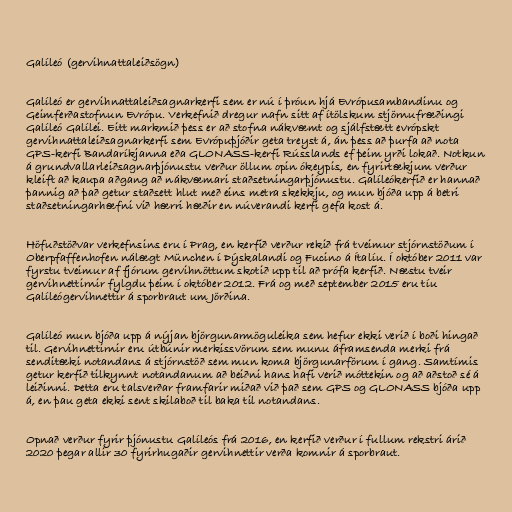
Galíleó (gervihnattaleiðsögn)

Galíleó er gervihnattaleiðsagnarkerfi sem er nú í þróun hjá Evrópusambandinu og
Geimferðastofnun Evrópu. Verkefnið dregur nafn sitt af ítölskum stjörnufræðingi
Galíleó Galílei. Eitt markmið þess er að stofna nákvæmt og sjálfstætt evrópskt
gervihnattaleiðsagnarkerfi sem Evrópuþjóðir geta treyst á, án þess að þurfa að nota
GPS-kerfi Bandaríkjanna eða GLONASS-kerfi Rússlands ef þeim yrði lokað. Notkun
á grundvallarleiðsagnarþjónustu verður öllum opin ókeypis, en fyrirtækjum verður
kleift að kaupa aðgang að nákvæmari staðsetningarþjónustu. Galíleókerfið er hannað
þannig að það getur staðsett hlut með eins metra skekkju, og mun bjóða upp á betri
staðsetningarhæfni við hærri hæðir en núverandi kerfi gefa kost á.

Höfuðstöðvar verkefnsins eru í Prag, en kerfið verður rekið frá tveimur stjórnstöðum í
Oberpfaffenhofen nálægt München í Þýskalandi og Fucino á Ítalíu. Í október 2011 var
fyrstu tveimur af fjórum gervihnöttum skotið upp til að prófa kerfið. Næstu tveir
gervihnettirnir fylgdu þeim í október 2012. Frá og með september 2015 eru tíu
Galíleógervihnettir á sporbraut um Jörðina.

Galíleó mun bjóða upp á nýjan björgunarmöguleika sem hefur ekki verið í boði hingað
til. Gervihnettirnir eru útbúnir merkissvörum sem munu áframsenda merki frá
senditæki notandans á stjórnstöð sem mun koma björgunarförum í gang. Samtímis
getur kerfið tilkynnt notandanum að beiðni hans hafi verið móttekin og að aðstoð sé á
leiðinni. Þetta eru talsverðar framfarir miðað við það sem GPS og GLONASS bjóða upp
á, en þau geta ekki sent skilaboð til baka til notandans.

Opnað verður fyrir þjónustu Galíleós frá 2016, en kerfið verður í fullum rekstri árið
2020 þegar allir 30 fyrirhugaðir gervihnettir verða komnir á sporbraut.